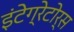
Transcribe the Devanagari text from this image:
इंटेग्रेटोर्स